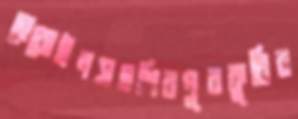
হেরোইনসহশিবপুরকুঠিব